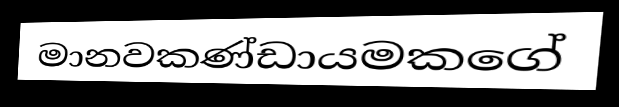
මානවකණ්ඩායමකගේ